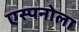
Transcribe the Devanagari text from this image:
एस्पनोला